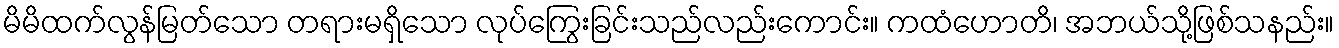
မိမိထက်လွန်မြတ်သော တရားမရှိသော လုပ်ကြွေးခြင်းသည်လည်းကောင်း။ ကထံဟောတိ၊ အဘယ်သို့ဖြစ်သနည်း။